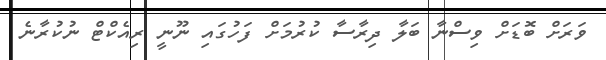
ވަރަށް ބޮޑަށް ވިސްނާ ބަލާ ދިރާސާ ކުރުމަށް ފަހުގައި ނޫނީ ރިއެކްޓް ނުކުރާނެ